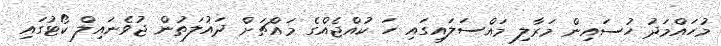
މުހައްމަދު ހުސައިން މަރާލި މައްސަލައިގައި ހަ ކުއްޖެއްގެ މައްޗަށް ދައުލަތުން ޖުވެނައިލް ކޯޓުގައި